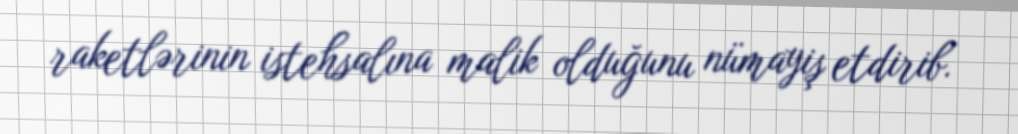
raketlərinin istehsalına malik olduğunu nümayiş etdirib.